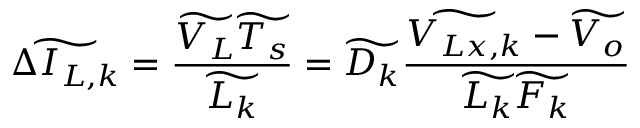
\widetilde { \Delta I _ { L , k } } = \frac { \widetilde { V _ { L } } \widetilde { T _ { s } } } { \widetilde { L _ { k } } } = \widetilde { D _ { k } } \frac { \widetilde { V _ { L x , k } } - \widetilde { V _ { o } } } { \widetilde { L _ { k } } \widetilde { F _ { k } } }